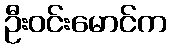
ဦးဝင်းမောင်က